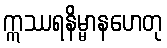
ဣဿရနိမ္မာနဟေတု